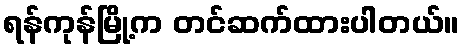
ရန်ကုန်မြို့က တင်ဆက်ထားပါတယ်။